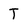
Character: T